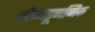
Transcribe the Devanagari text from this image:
खेळाडूगणिक